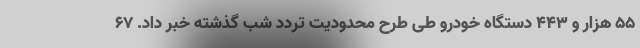
٥٥ هزار و ٤٤٣ دستگاه خودرو طی طرح محدودیت تردد شب گذشته خبر داد. ۶۷